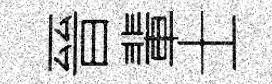
晉輩士